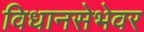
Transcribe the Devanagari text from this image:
विधानसेभेवर